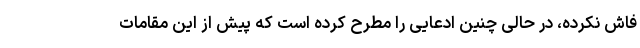
فاش نکرده، در حالی چنین ادعایی را مطرح کرده است که پیش از این مقامات